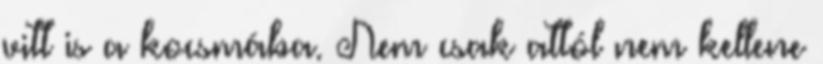
vitt is a kocsmába. Nem csak attól nem kellene